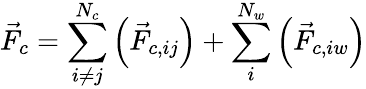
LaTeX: \vec{F}_{c}=\sum_{i\neq j}^{N_{c}}\left(\vec{F}_{c,ij}\right)+\sum_{i}^{N_{w}}\left(\vec{F}_{c,iw}\right)